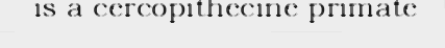
is a cercopithecine primate